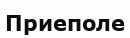
Приеполе